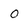
Character: 0